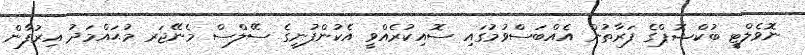
ނޮވެލްޓީ ބުކްޝޮޕްގެ ފަރާތުން އެއްބަސްވުމުގައި ސޮއިކުރެއްވީ އެކުންފުނީގެ ސޭލްސް މެނޭޖަރ މުޙައްމަދު އިރުފާން